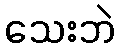
သေးဘဲ